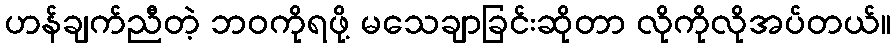
ဟန်ချက်ညီတဲ့ ဘဝကိုရဖို့ မသေချာခြင်းဆိုတာ လိုကိုလိုအပ်တယ်။